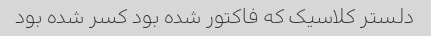
دلستر کلاسیک که فاکتور شده بود کسر شده بود